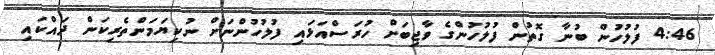
4:46 ފުލުހުން ބުނާ ގޮތުން ފުލުހުންގެ ވާޖިބަށް ހުރަސްއަޅައި ފުލުހުންނަށް ނުކިޔަމަންތެރިކަން ދައްކައި